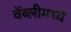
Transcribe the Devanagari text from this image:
वेंब्लीमध्ये